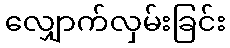
လျှောက်လှမ်းခြင်း